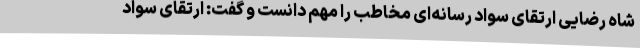
شاه رضایی ارتقای سواد رسانه‌ای مخاطب را مهم دانست و گفت: ارتقای سواد